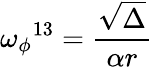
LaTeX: {\omega_{\phi}}^{13}=\frac{\sqrt\Delta}{\alpha r}\,